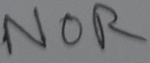
Text: NOR